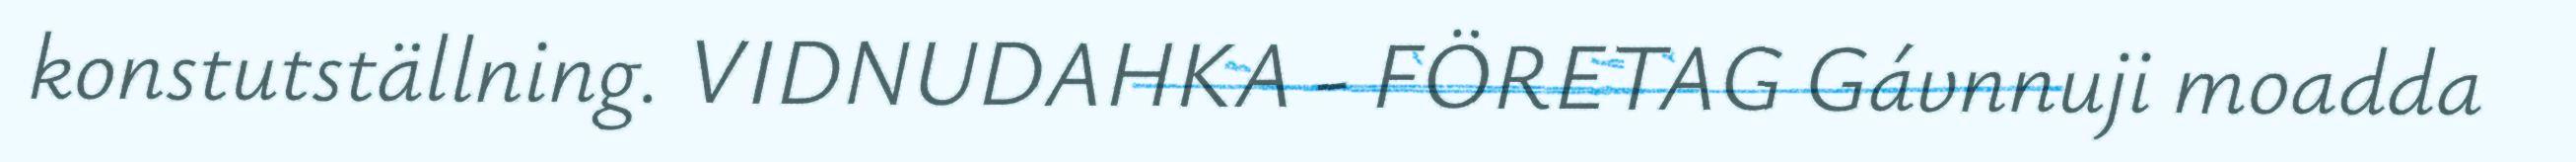
konstutställning. VIDNUDAHKA - FÖRETAG Gávnnuji moadda